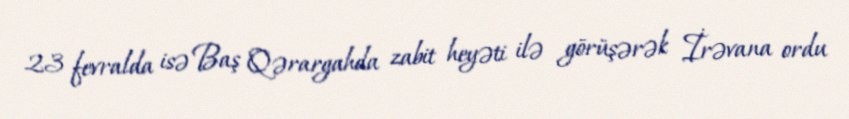
23 fevralda isə Baş Qərargahda zabit heyəti ilə görüşərək İrəvana ordu